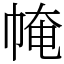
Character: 㡋